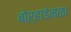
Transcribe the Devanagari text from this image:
बोऱ्हाडेमळा